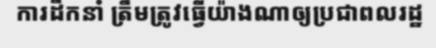
ការដឹកនាំ ត្រឹមត្រូវធ្វើយ៉ាងណាឲ្យប្រជាពលរដ្ឋ